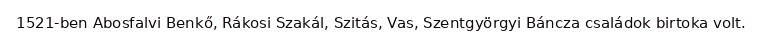
1521-ben Abosfalvi Benkő, Rákosi Szakál, Szitás, Vas, Szentgyörgyi Báncza családok birtoka volt.